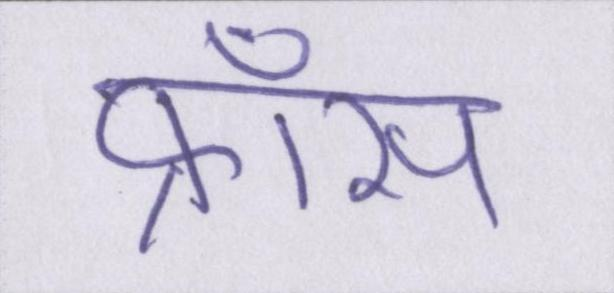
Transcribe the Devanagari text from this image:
फ्राँस